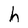
Character: h